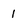
Character: 1